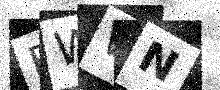
Text: BWWN